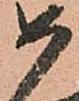
如